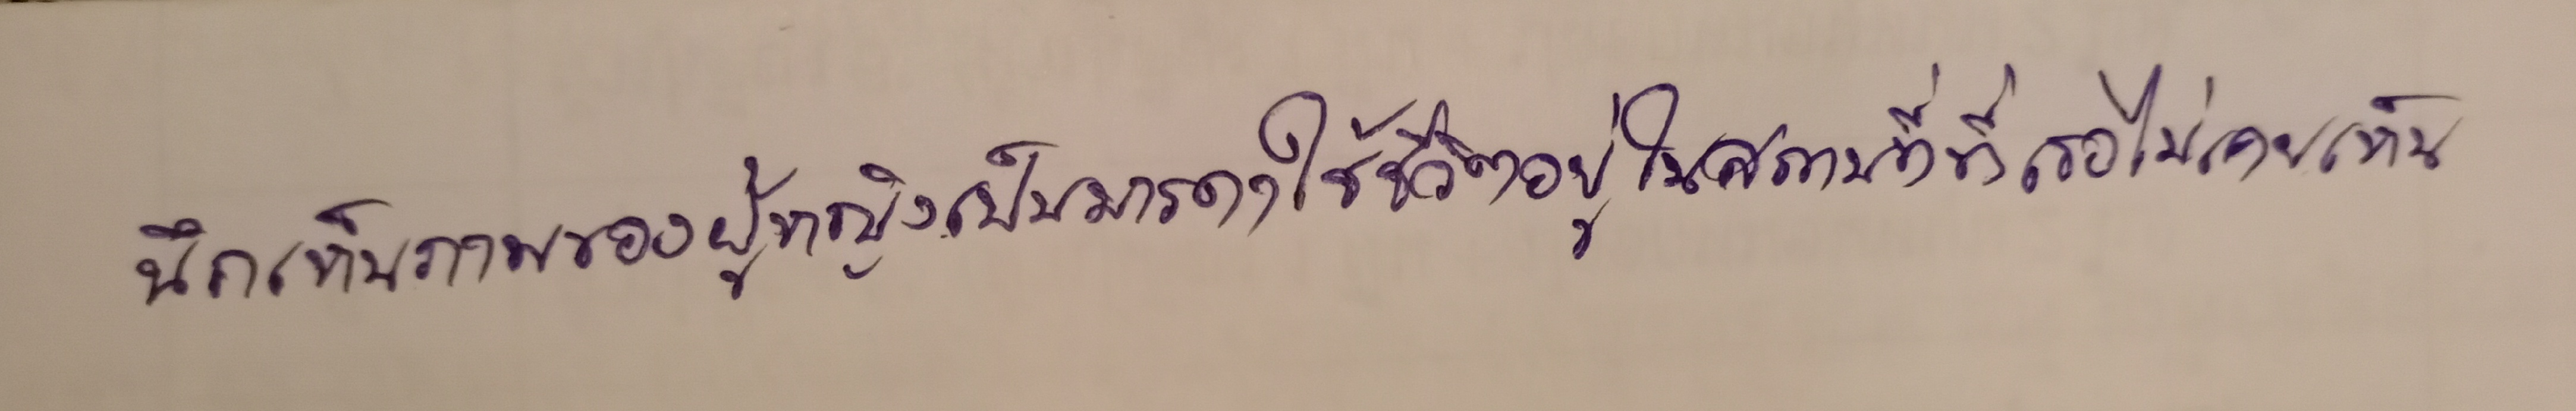
นึกเห็นภาพของผู้หญิงเป็นมารดาใช้ชีวิตอยู่ในสถานที่ที่เธอไม่เคยเห็น